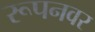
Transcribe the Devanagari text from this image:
रूपनवर